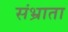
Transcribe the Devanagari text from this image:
संभ्राता